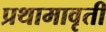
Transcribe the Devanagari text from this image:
प्रथामावृती